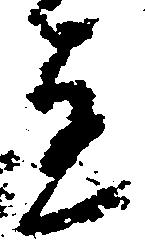
達